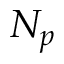
N _ { p }